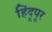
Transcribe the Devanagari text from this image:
हिंदूपूर